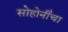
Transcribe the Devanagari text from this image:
सोहोनींंचा